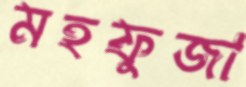
মহফুজা